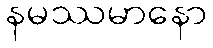
နမဿမာနော